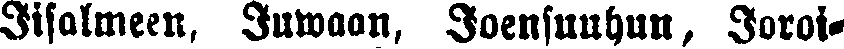
Iisalmeen, Juwaan, Joensuuhun, Joroi-